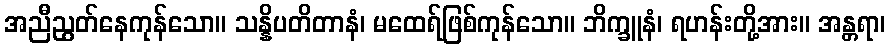
အညီညွတ်နေကုန်သော။ သန္နိပတိတာနံ၊ မထေရ်ဖြစ်ကုန်သော။ ဘိက္ခူနံ၊ ရဟန်းတို့အား။ အန္တရာ၊